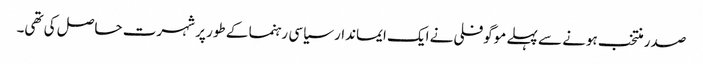
صدر منتخب ہونے سے پہلے موگوفلی نے ایک ایماندار سیاسی رہنما کے طور پر شہرت حاصل کی تھی۔